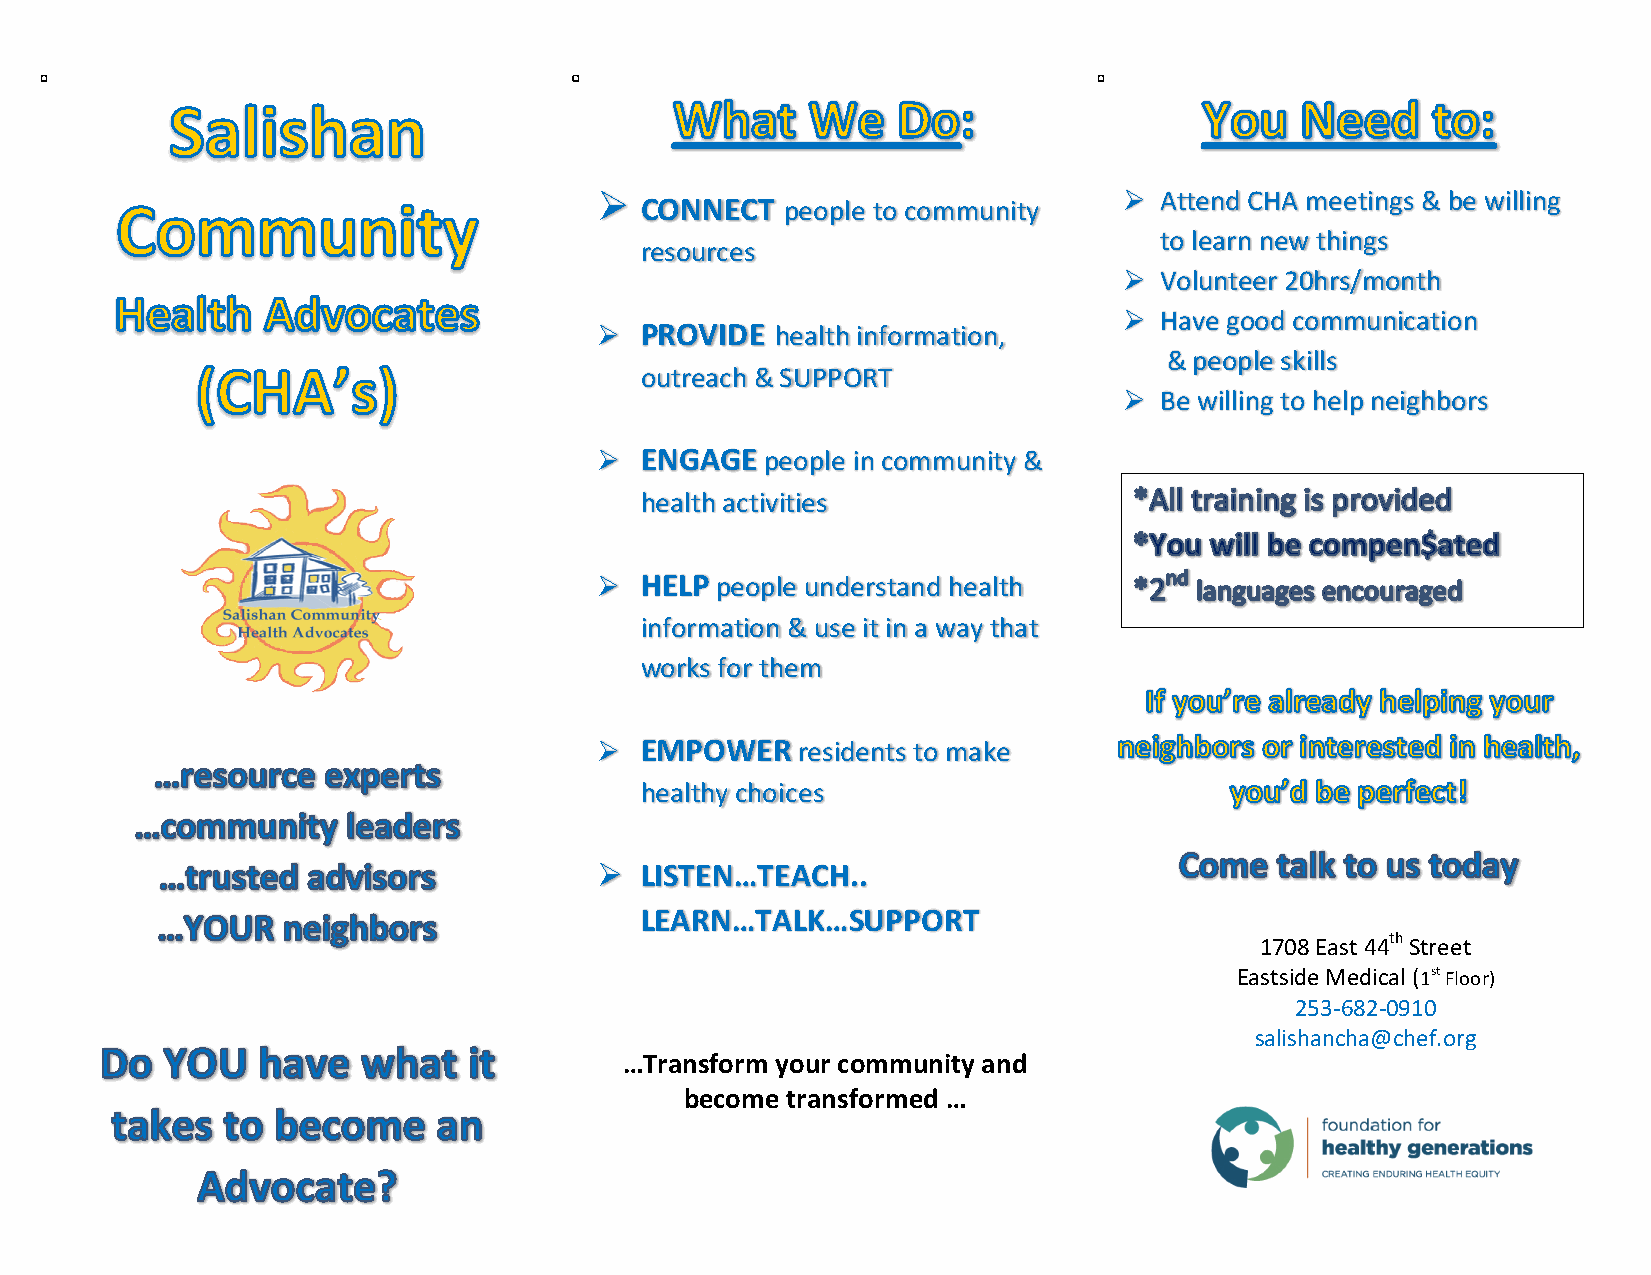
Ø
 CONNECT   people to community
 Ø  Attend CHA meetings & be willing
 to learn new things
 resources
 Ø  Volunteer 20hrs/month
 Ø  Have good communication
 Ø PROVIDE  health information,
 & people skills
 outreach & SUPPORT
 Ø  Be willing to help neighbors
 Ø ENGAGE   people in community &
 health activities
 Ø HELP people understand health
 information & use it in a way that
 works for them
 Ø EMPOWER    residents to make
 healthy choices
 Ø LISTEN…TEACH..
 LEARN…TALK…SUPPORT
 1708 East 44th Street
 Eastside Medical (1st Floor)
 253-682-0910
 salishancha@chef.org
 …Transform your community and
 become transformed …